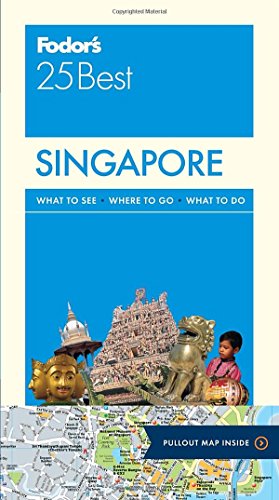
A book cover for Fodor's Singapore 25 Best (Full-color Travel Guide); Fodor's; Travel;